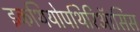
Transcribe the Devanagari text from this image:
इकथियोपथिरिऑसिस